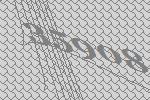
35908